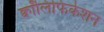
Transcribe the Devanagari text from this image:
क्वॉलिफिकेशन